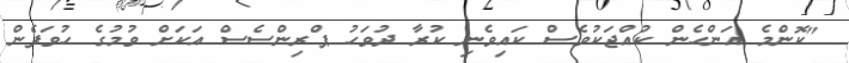
"ކޮންމެ އަންހެން ކުއްޖަކުވެސް ކައިވެނި ކުރާ ދުވަހު ޕްރިންސެސް އަކަށް ވުމުގެ ހުވަފެން